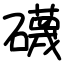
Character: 礣